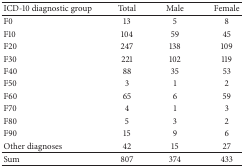
<table><thead><tr><td><b>ICD-10 diagnostic group</b></td><td><b>Total</b></td><td><b>Male</b></td><td><b>Female</b></td></tr></thead><tbody><tr><td>F0</td><td>13</td><td>5</td><td>8</td></tr><tr><td>F10</td><td>104</td><td>59</td><td>45</td></tr><tr><td>F20</td><td>247</td><td>138</td><td>109</td></tr><tr><td>F30</td><td>221</td><td>102</td><td>119</td></tr><tr><td>F40</td><td>88</td><td>35</td><td>53</td></tr><tr><td>F50</td><td>3</td><td>1</td><td>2</td></tr><tr><td>F60</td><td>65</td><td>6</td><td>59</td></tr><tr><td>F70</td><td>4</td><td>1</td><td>3</td></tr><tr><td>F80</td><td>5</td><td>3</td><td>2</td></tr><tr><td>F90</td><td>15</td><td>9</td><td>6</td></tr><tr><td>Other diagnoses</td><td>42</td><td>15</td><td>27</td></tr><tr><td>Sum</td><td>807</td><td>374</td><td>433</td></tr></tbody></table>